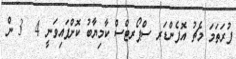
ފުރަތަމަ މެޗު އޮފެންޑަރ ސްޕޯރޓްސް ކާމިޔާބު ކޮށްފައިވަނީ 4  3 ން